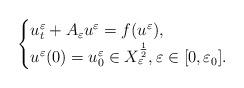
LaTeX: \begin{align*}\begin{cases}u^\varepsilon_t+A_\varepsilon u^\varepsilon = f(u^\varepsilon), \\u^\varepsilon(0)=u_0^\varepsilon \in X_\varepsilon^{\frac{1}{2}},\varepsilon\in [0,\varepsilon_0].\end{cases}\end{align*}